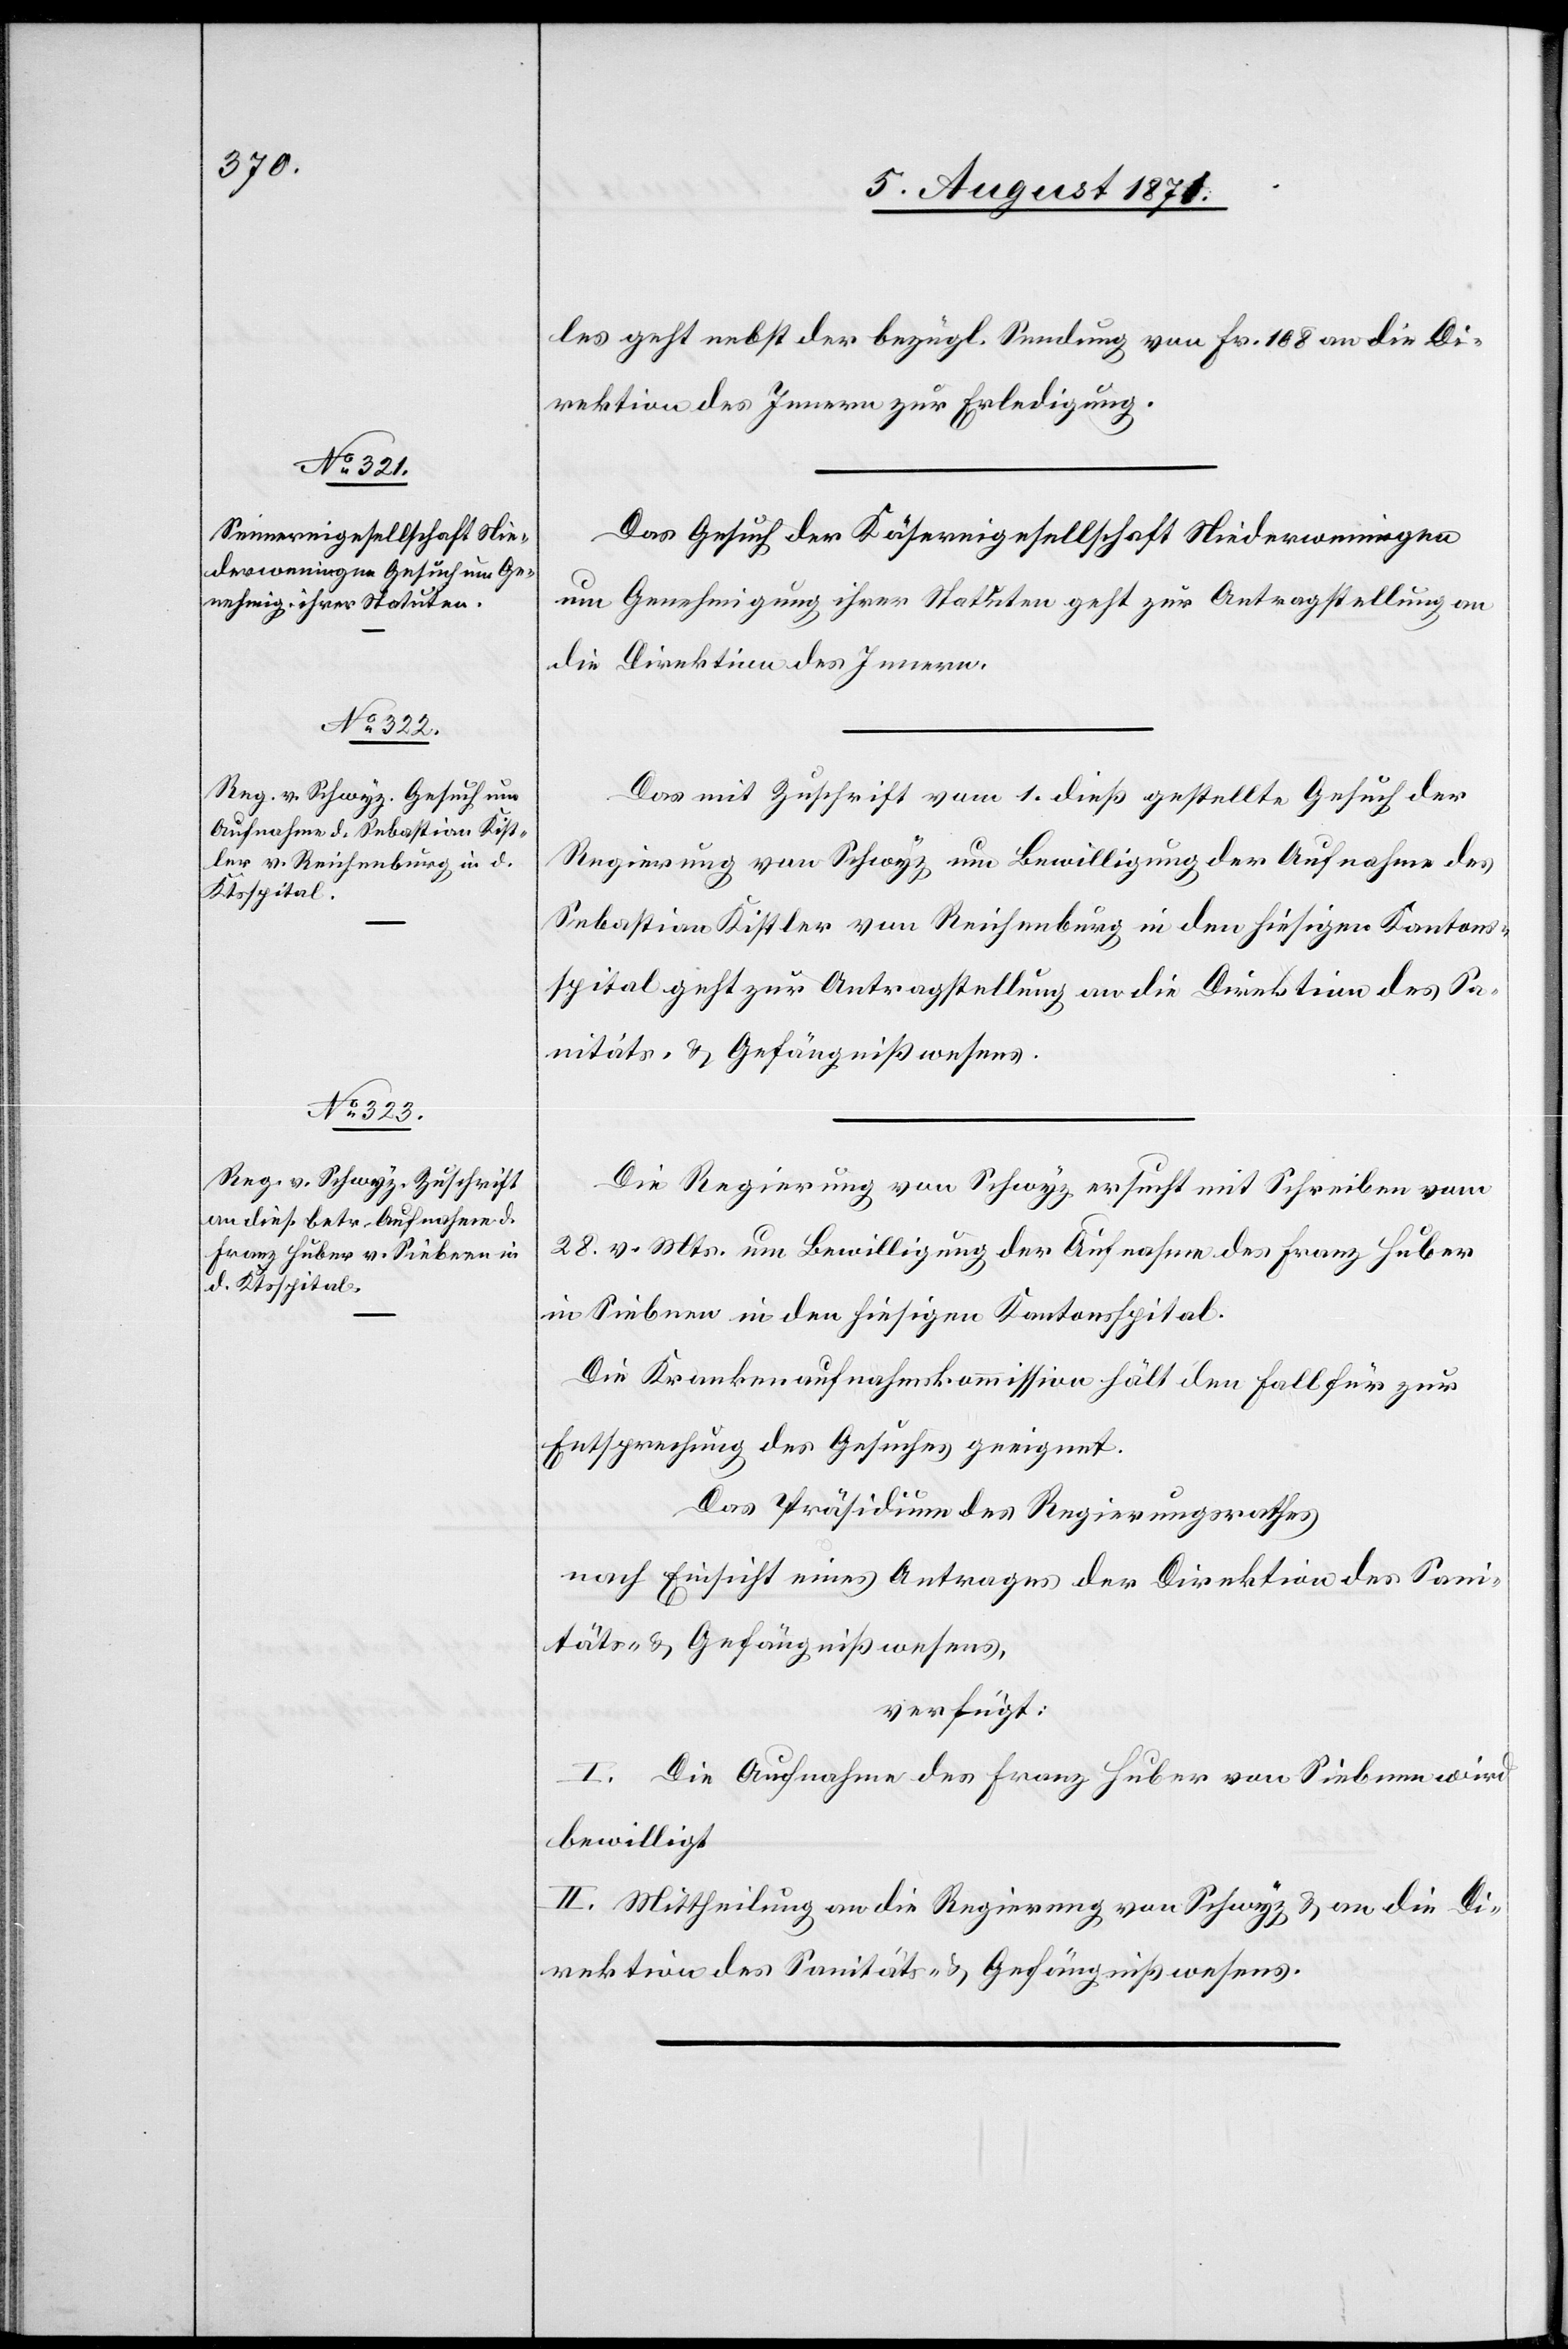
7. August 1871.]
les geht nebst der bezügl. Sendung von Fr. 108 an die Di¬
rektion des Innern zur Erledigung.
Das Gesuch der Käsereigesellschaft Niederweningen
um Genehmigung ihrer Statuten geht zur Antragstellung an
die Direktion des Innern.
Das mit Zuschrift vom 1. dieß gestellte Gesuch der
Regierung von Schwyz um Bewilligung der Aufnahme des
Sebastian Kistler von Reichenburg in den hiesigen Kantons¬
spital geht zur Antragstellung an die Direktion des Sa¬
nitäts- u. Gefängnißwesens.
Die Regierung von Schwyz ersucht mit Schreiben vom
28. v. Mts. um Bewilligung der Aufnahme des Franz Huber
in Siebnen in den hiesigen Kantonsspital.
Die Krankenaufnahmskommission hält den Fall für zur
Entsprechung des Gesuches geeignet.
Das Präsidium des Regierungsrathes
nach Einsicht eines Antrages der Direktion des Sani¬
täts- u. Gefängnißwesens,
verfügt:
I. Die Aufnahme des Franz Huber von Siebnen wird
bewilligt.
II. Mittheilung an die Regierung von Schwyz u. an die Di¬
rektion des Sanitäts- u. Gefängnißwesens.